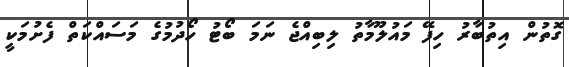
ގޮތުން އިތުބާރު ހިފޭ މައުލޫމާތު ލިބިއްޖެ ނަމަ ބޯޓު ހޯދުމުގެ މަސައްކަތް ފެށުމަކީ